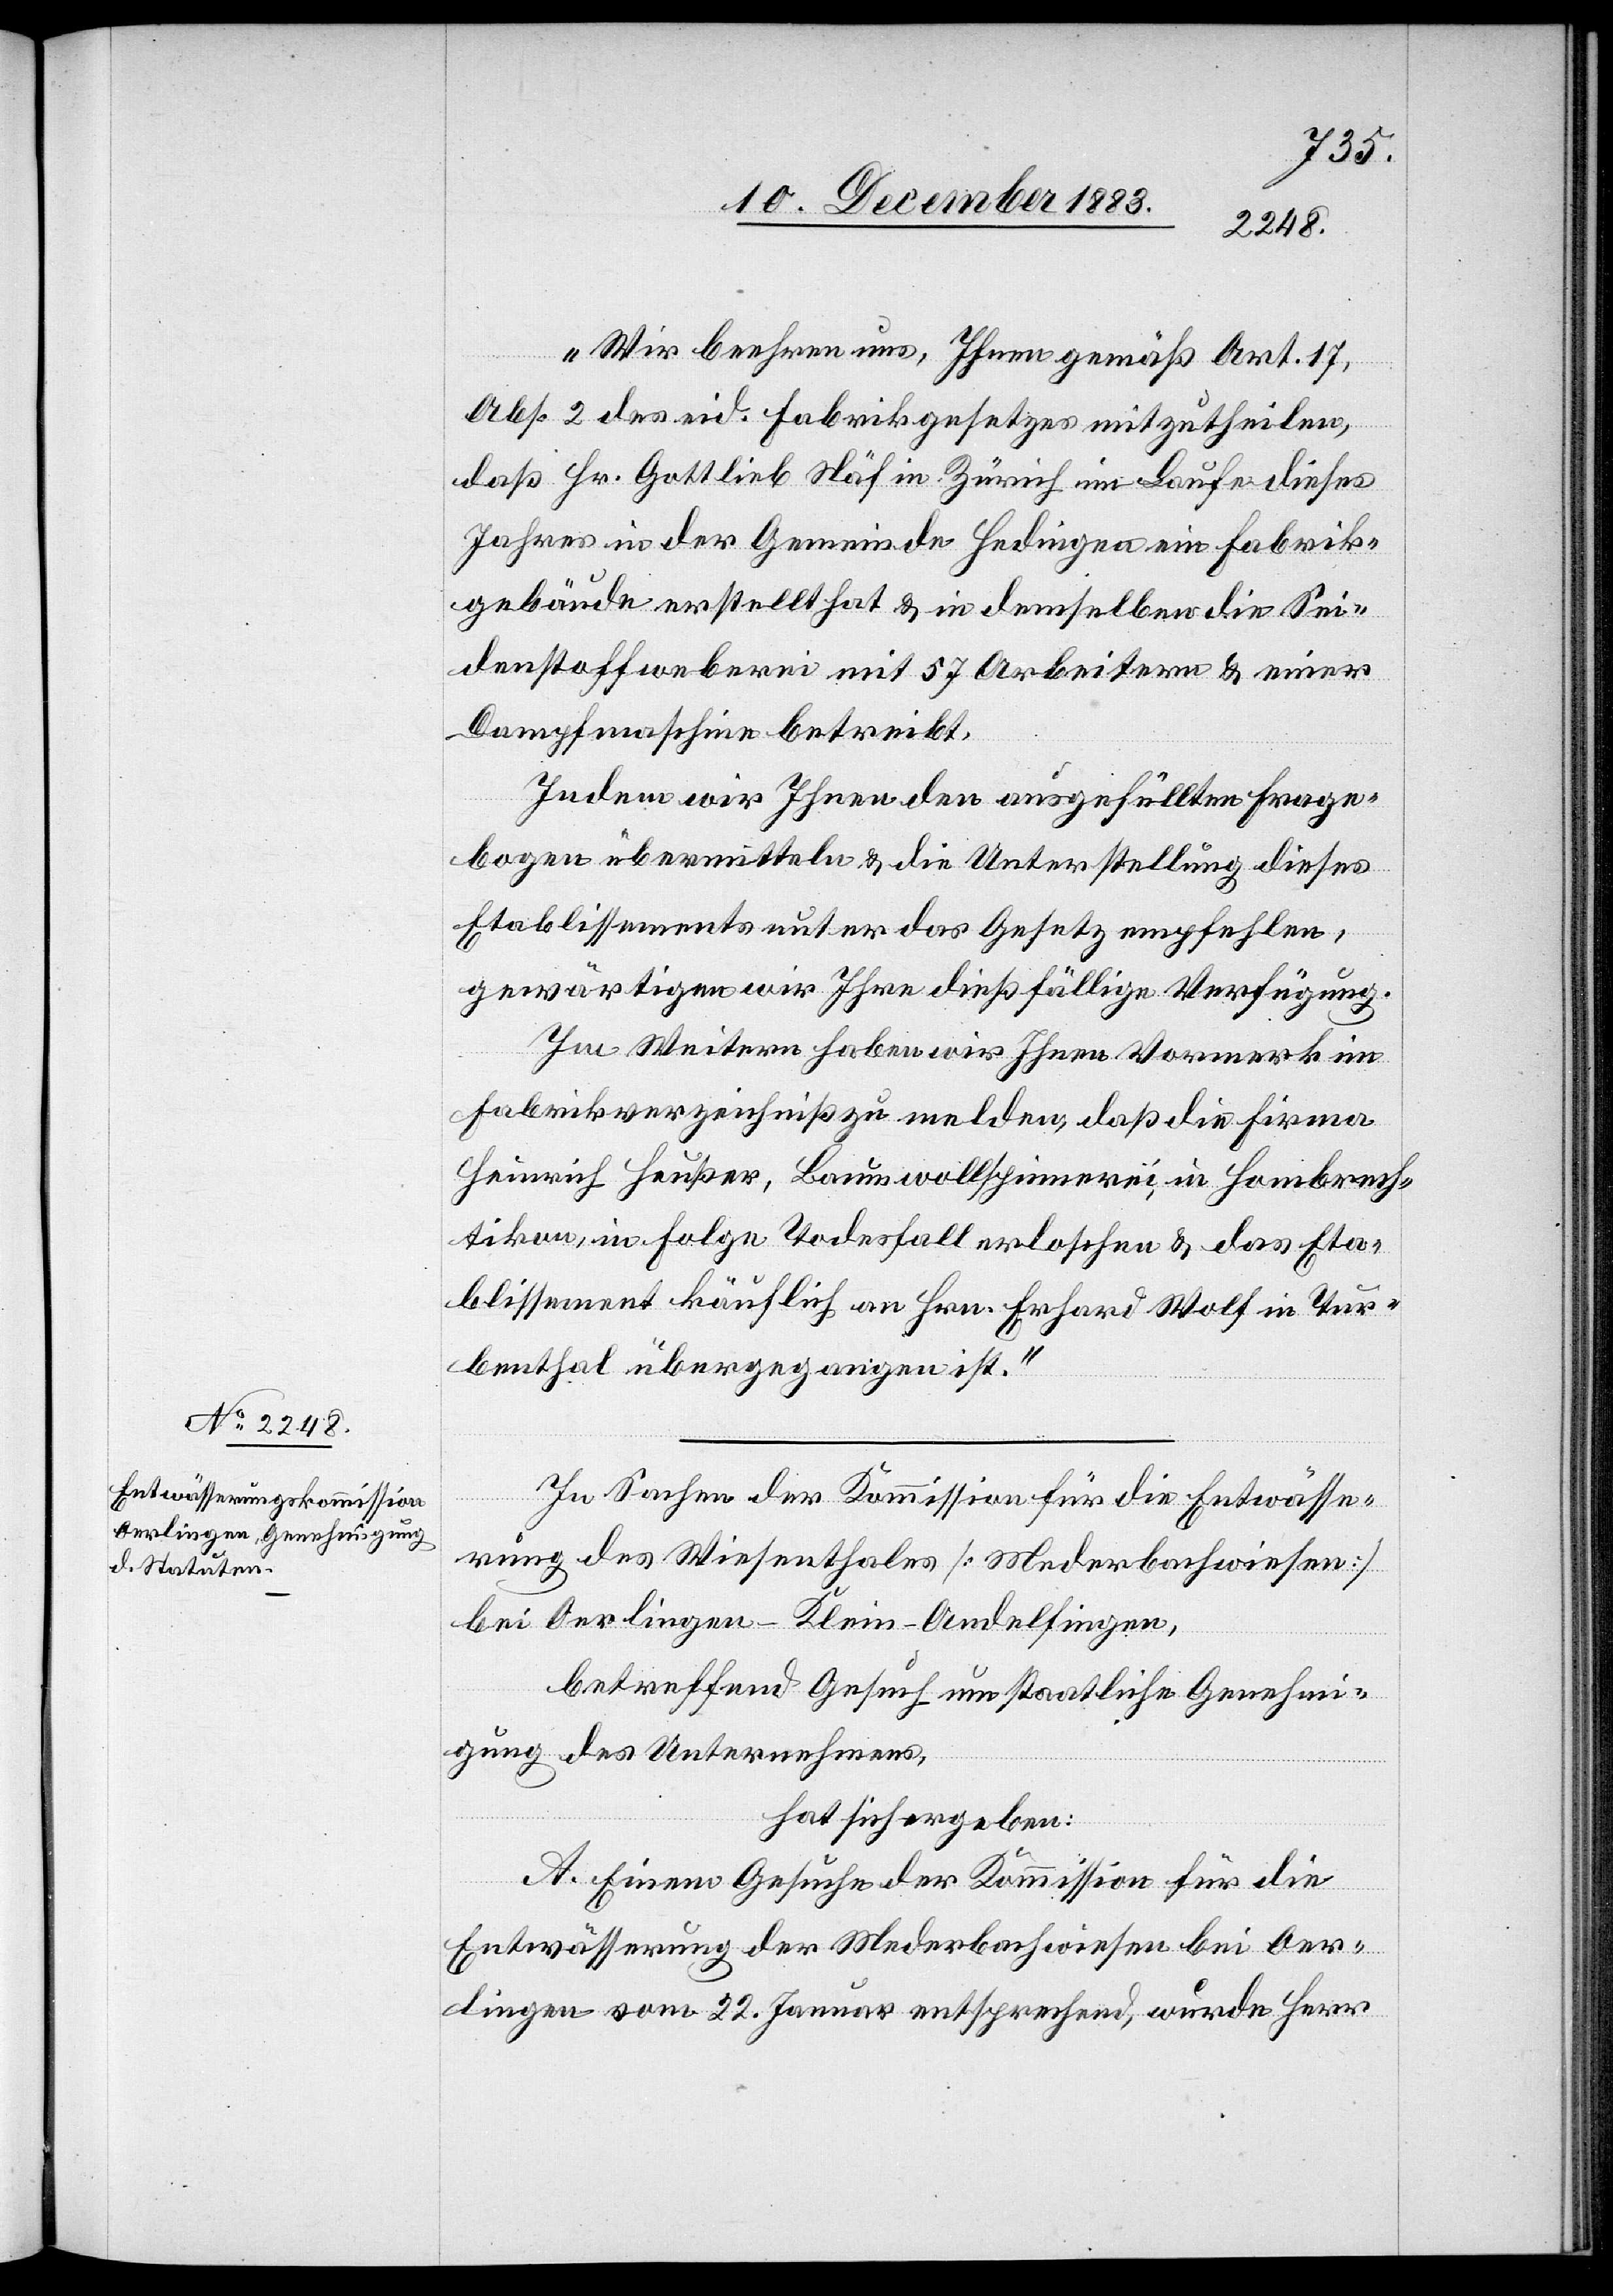
„Wir beehren uns, Ihnen gemäß Art. 17,
Abs. 2 des eid. Fabrikgesetzes mitzutheilen,
daß Hr. Gottlieb Näf in Zürich im Laufe dieses
Jahres in der Gemeinde Hedingen ein Fabrik¬
gebäude erstellt hat & in demselben die Sei¬
denstoffweberei mit 57 Arbeitern & einer
Dampfmaschine betreibt.
Indem wir Ihnen den ausgefüllten Frage¬
bogen übermitteln & die Unterstellung dieses
Etablissements unter das Gesetz empfehlen,
gewärtigen wir Ihre dießfällige Verfügung.
Im Weitern haben wir Ihnen Vormerk im
Fabrikverzeichniß zu melden, daß die Firma
Heinrich Heußer, Baumwollspinnerei, in Hombrech¬
tikon, in Folge Todesfall erloschen & das Eta¬
blissement käuflich an Hrn. Erhard Wolf in Tur¬
benthal übergegangen ist.“
In Sachen der Kommission für die Entwässe¬
rung des Wiesenthales [Mederbachwiesen]
bei Oerlingen - Klein-Andelfingen,
betreffend Gesuch um staatliche Genehmi¬
gung des Unternehmers,
hat sich ergeben:
A. Einem Gesuche der Kommission für die
Entwässerung der Mederbachwiesen bei Oer¬
lingen vom 22. Januar entsprechend, wurde Herr